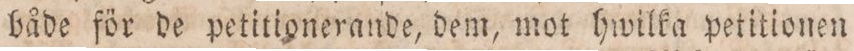
både för de petitionerande, dem, mot hwilka petitionen